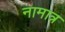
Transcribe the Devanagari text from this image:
नामात्र